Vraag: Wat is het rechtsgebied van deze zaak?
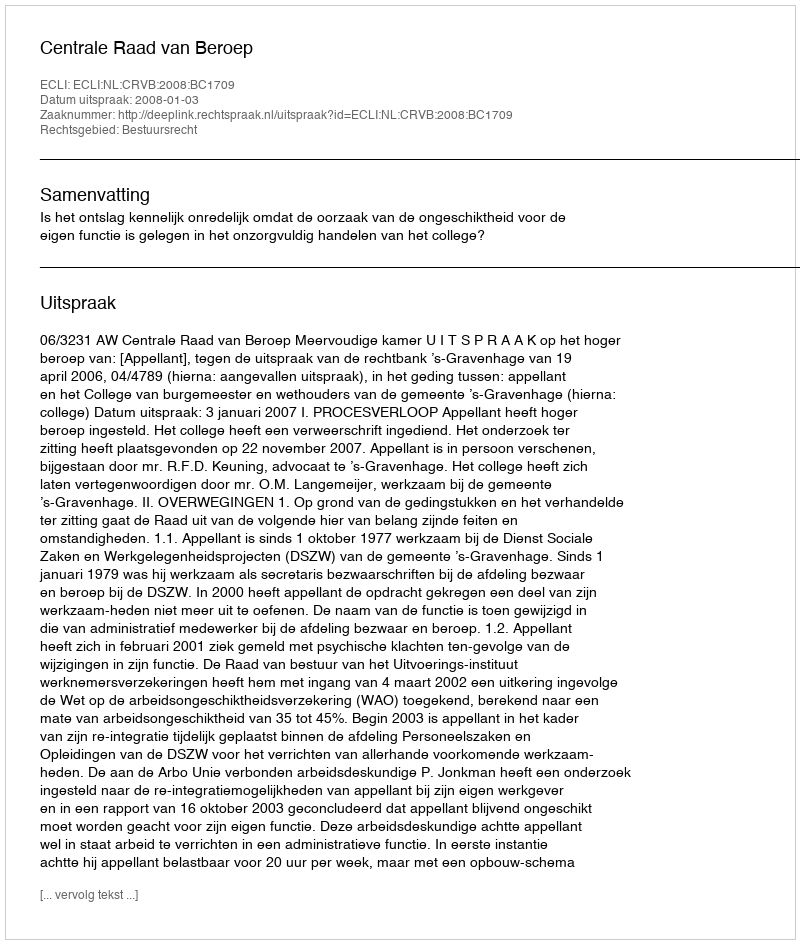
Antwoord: Bestuursrecht